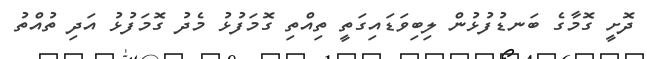
ދޮށީ ގޮމާގެ ބަނޑުފުޅުން ލިބިވަޑައިގަތީ ތިއްތި ގޮމަފުޅު މެދު ގޮމަފުޅު އަދި ތުއްތު